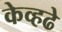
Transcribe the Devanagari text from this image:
केव्हढे